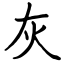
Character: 灰